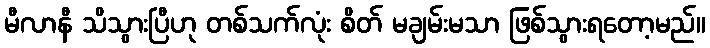
မီလာနီ သိသွားပြီဟု တစ်သက်လုံး စိတ် မချမ်းမသာ ဖြစ်သွားရတော့မည်။